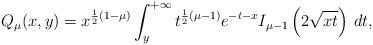
LaTeX: \begin{align*}Q_{\mu} (x,y)=\displaystyle x^{\frac12 (1-\mu)} \int_y^{+\infty} t^{\frac12 (\mu -1)} e^{-t-x} I_{\mu -1} \left(2\sqrt{xt}\right) \,dt,\end{align*}